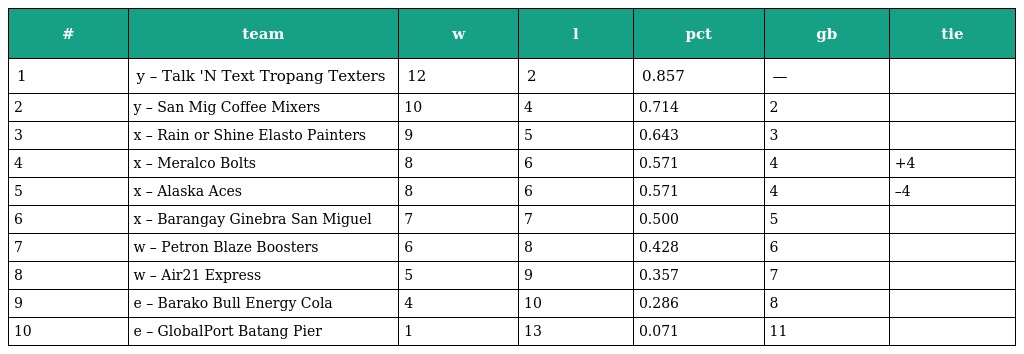
| # | team | w | l | pct | gb | tie |
 | --- | --- | --- | --- | --- | --- | --- |
 | 1 | y – Talk 'N Text Tropang Texters | 12 | 2 | 0.857 | — |  |
 | 2 | y – San Mig Coffee Mixers | 10 | 4 | 0.714 | 2 |  |
 | 3 | x – Rain or Shine Elasto Painters | 9 | 5 | 0.643 | 3 |  |
 | 4 | x – Meralco Bolts | 8 | 6 | 0.571 | 4 | +4 |
 | 5 | x – Alaska Aces | 8 | 6 | 0.571 | 4 | –4 |
 | 6 | x – Barangay Ginebra San Miguel | 7 | 7 | 0.500 | 5 |  |
 | 7 | w – Petron Blaze Boosters | 6 | 8 | 0.428 | 6 |  |
 | 8 | w – Air21 Express | 5 | 9 | 0.357 | 7 |  |
 | 9 | e – Barako Bull Energy Cola | 4 | 10 | 0.286 | 8 |  |
 | 10 | e – GlobalPort Batang Pier | 1 | 13 | 0.071 | 11 |  |